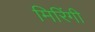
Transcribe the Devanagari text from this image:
मिरिंगी